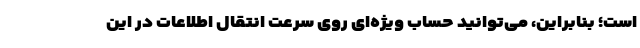
است؛ بنابراین، می‌توانید حساب ویژه‌ای روی سرعت انتقال اطلاعات در این